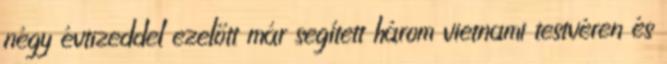
négy évtizeddel ezelőtt már segített három vietnami testvéren és